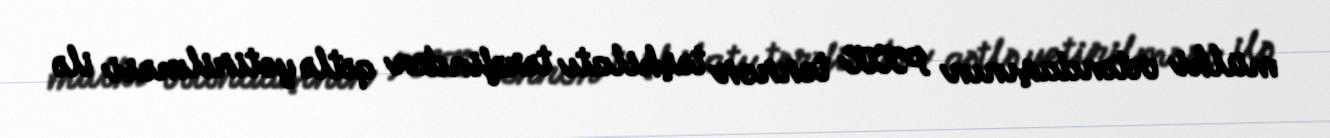
mülki vətəndaşının PKK terror təşkilatı tərəfindən qətlə yetirilməsi ilə